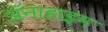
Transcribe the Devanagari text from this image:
अॅनाहाइम